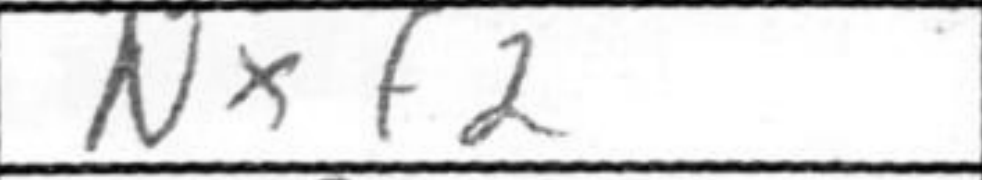
Transcription: Nxf2